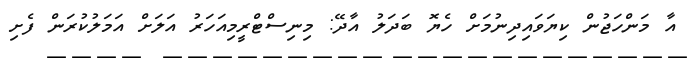
އާ މަންހަޖުން ކިޔަވައިދިނުމަށް ހެޔޮ ބަދަލު އާދޭ: މިނިސްޓްރީމިއަހަރު އަލަށް އަމަލުކުރަން ފެށި